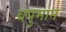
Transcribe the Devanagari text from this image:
वपुमान